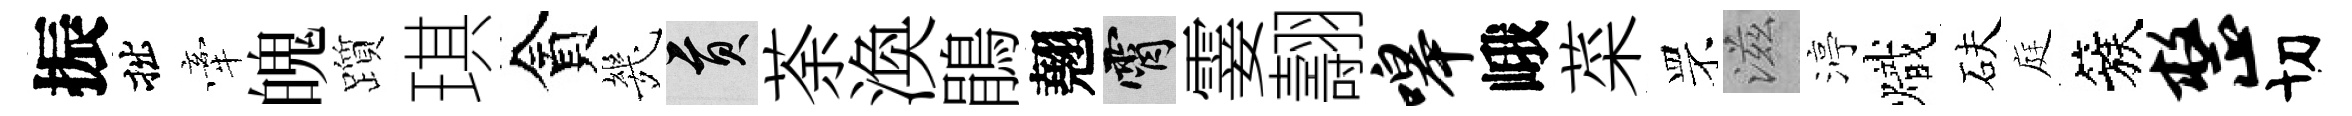
振拙牽魄躓琪貪㡬貢荼渙鵑翹霄霎翿嗥峨菜罘滋渟熾砆庭簇整切